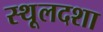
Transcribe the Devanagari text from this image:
स्थूलदशा